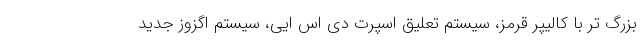
بزرگ تر با کالیپر قرمز، سیستم تعلیق اسپرت دی اس ایی، سیستم اگزوز جدید